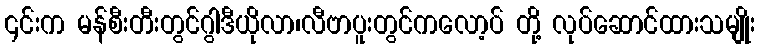
၎င်းက မန်စီးတီးတွင်ဂွါဒီယိုလာ၊လီဗာပူးတွင်ကလော့ပ် တို့ လုပ်ဆောင်ထားသမျိုး